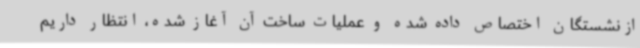
ازنشستگان اختصاص داده شده و عملیات ساخت آن آغاز شده، انتظار داریم